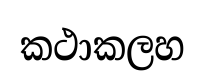
කථාකලහ